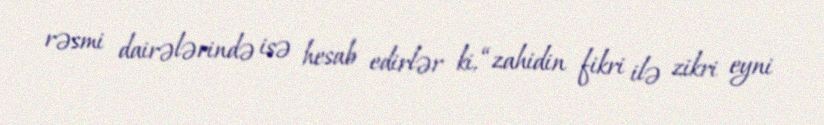
rəsmi dairələrində isə hesab edirlər ki, “zahidin fikri ilə zikri eyni